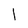
Character: 1